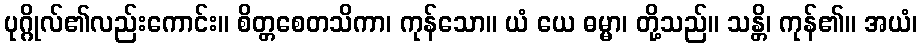
ပုဂ္ဂိုလ်၏လည်းကောင်း။ စိတ္တစေတသိကာ၊ ကုန်သော။ ယံ ယေ ဓမ္မာ၊ တို့သည်။ သန္တိ၊ ကုန်၏။ အယံ၊